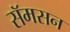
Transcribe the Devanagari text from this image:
सॅमसन